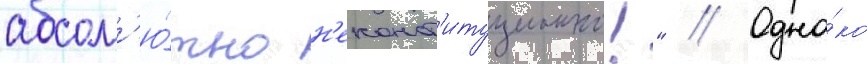
абсол'ю́тно н'еконст'итуционно!" // Одна́ко